Insane asylums in Bengal annual reports 1867-1875 - 1867-1875
Year: 1867
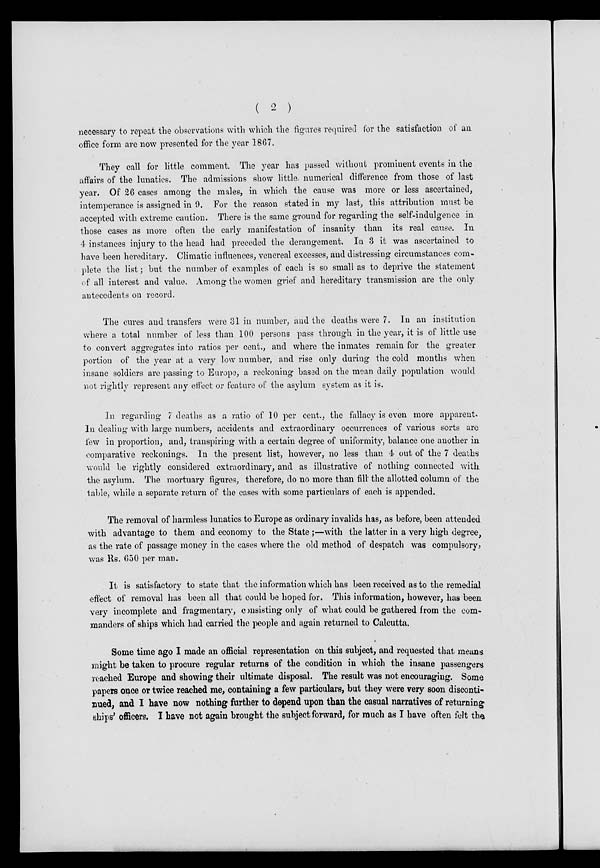
( 2 )
necessary to repeat the observations with which the figures required for the satisfaction of an
office form are now presented for the year 1867.
They call for little comment. The year has passed without prominent events in the
affairs of the lunatics. The admissions show little, numerical difference from those of last
year. Of 26 cases among the males, in which the cause was more or less ascertained,
intemperance is assigned in 9. For the reason stated in my last, this attribution must be
accepted with extreme caution. There is the same ground for regarding the self-indulgence in
those cases as more often the early manifestation of insanity than its real cause. In
4 instances injury to the head had preceded the derangement. In 3 it was ascertained to
have been hereditary. Climatic influences, venereal excesses, and distressing circumstances com-
plete the list; but the number of examples of each is so small as to deprive the statement
of all interest and value. Among the women grief and hereditary transmission are the only
antecedents on record.
The cures and transfers were 31 in number, and the deaths were 7. In an institution
where a total number of less than 100 persons pass through in the year, it is of little use
to convert aggregates into ratios per cent., and where the inmates remain for the greater
portion of the year at a very low number, and rise only during the cold months when
insane soldiers are passing to Europe, a reckoning based on the mean daily population would
not rightly represent any effect or feature of the asylum system as it is.
In regarding 7 deaths as a ratio of 10 per cent., the fallacy is even more apparent.
In dealing with large numbers, accidents and extraordinary occurrences of various sorts are
few in proportion, and, transpiring with a certain degree of uniformity, balance one another in
comparative reckonings. In the present list, however, no less than 4 out of the 7 deaths
would be rightly considered extraordinary, and as illustrative of nothing connected with
the asylum. The mortuary figures, therefore, do no more than fill' the allotted column of the
table, while a separate return of the cases with some particulars of each is appended.
The removal of harmless lunatics to Europe as ordinary invalids has, as before, been attended
with advantage to them and economy to the State ;—with the latter in a very high degree,
as the rate of passage money in the cases where the old method of despatch was compulsory,
was Rs. 650 per man.
It is satisfactory to state that the information which has been received as to the remedial
effect of removal has been all that could be hoped for. This information, however, has been
very incomplete and fragmentary, consisting only of what could be gathered from the com-
manders of ships which had carried the people and again returned to Calcutta.
Some time ago I made an official representation on this subject, and requested that means
might be taken to procure regular returns of the condition in which the insane passengers
reached Europe and showing their ultimate disposal. The result was not encouraging. Some
papers once or twice reached me, containing a few particulars, but they were very soon disconti-
nued, and I have now nothing further to depend upon than the casual narratives of returning
ships' officers. I have not again brought the subject forward, for much as I have often felt the